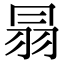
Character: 𦐇